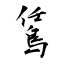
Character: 鵀